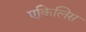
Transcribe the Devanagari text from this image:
एकिलिस